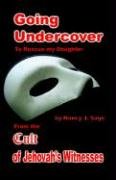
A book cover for Going Undercover to Rescue My Daughter; Nancy J Sage; Christian Books & Bibles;